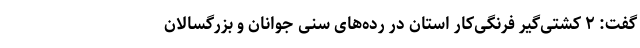
گفت: ۲ کشتی‌گیر فرنگی‌کار استان در رده‌های سنی جوانان و بزرگسالان